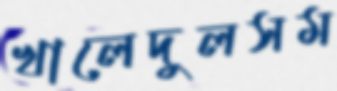
খালেদুলসম